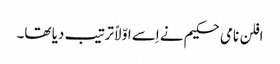
افلن نامی حکیم نے اِسے اوّلاً ترتیب دیا تھا۔